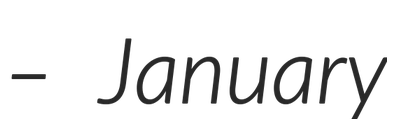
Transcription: – January